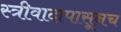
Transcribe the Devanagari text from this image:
स्त्रीवादापासूनच